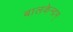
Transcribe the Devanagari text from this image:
बालकेन्द्रम्